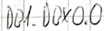
Text: DB1.DBX0.0